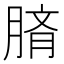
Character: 𦜢